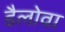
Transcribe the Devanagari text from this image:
डैलोवा